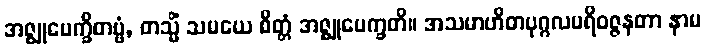
အဇ္ဈုပေက္ခိတဗ္ဗံ, တသ္မိံ သမယေ စိတ္တံ အဇ္ဈုပေက္ခတိ။ အသမာဟိတပုဂ္ဂလပရိဝဇ္ဇနတာ နာမ